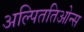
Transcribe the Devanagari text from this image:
अल्पिततिओन्स